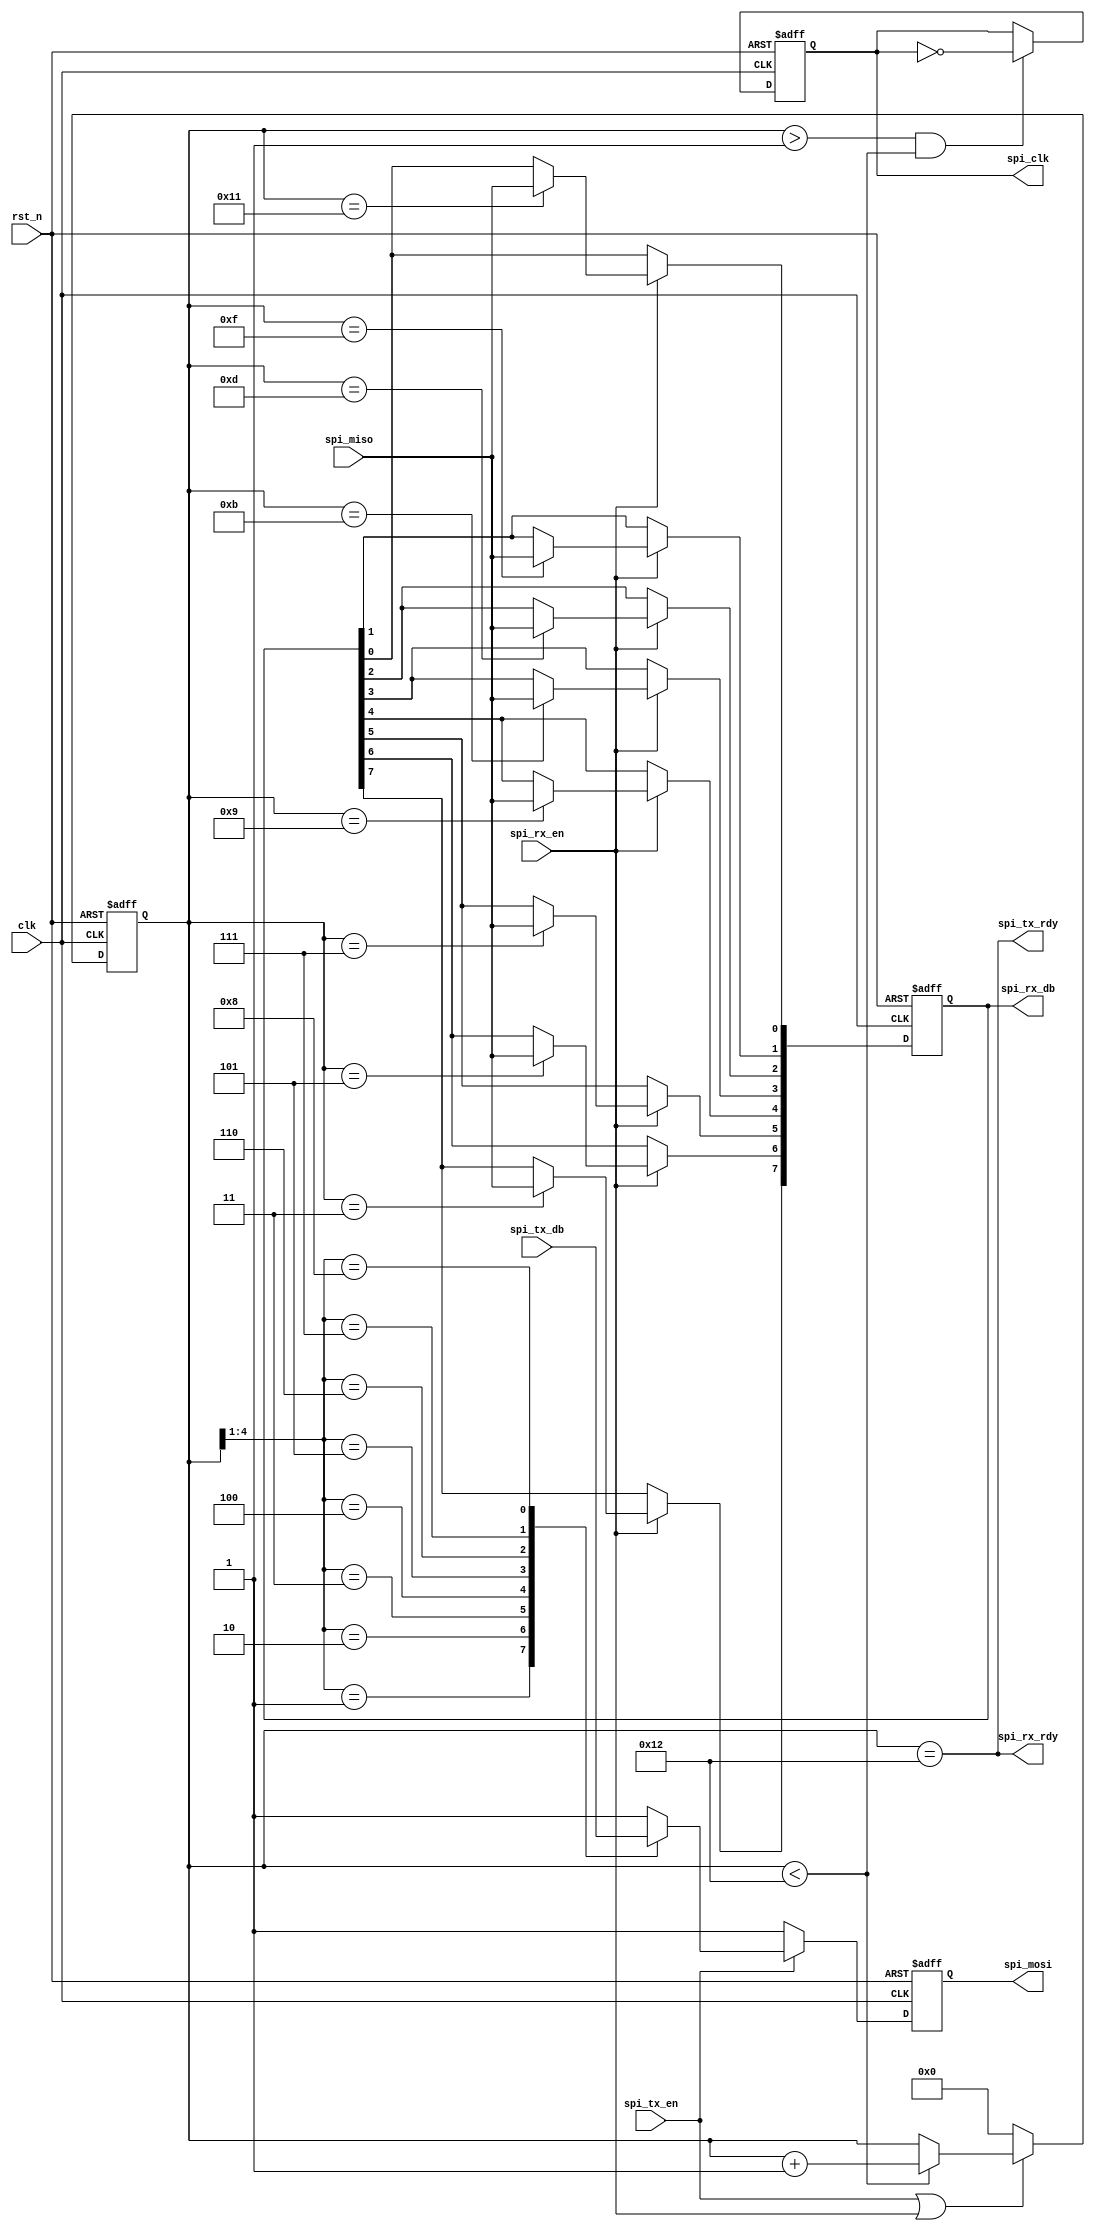
`timescale 1ns / 1ps
////////////////////////////////////////////////////////////////////////////////
// Company		: 
// Design Name	: 
// Module Name	: spi_ctrl
// Project Name	: sdrsvgaprj
// Target Device: Cyclone EP1C3T144C8 
// Tool versions: Quartus II 8.1
// Description	: 
//				
// Revision		: V1.0
// Additional Comments	:  
// 
////////////////////////////////////////////////////////////////////////////////
module spi_ctrl(
			clk,rst_n,
			spi_miso,spi_mosi,spi_clk,
			spi_tx_en,spi_tx_rdy,spi_rx_en,spi_rx_rdy,spi_tx_db,spi_rx_db
			);

input clk;		//FPAG25MHz
input rst_n;	//FPGA

input spi_miso;		//SPI
output spi_mosi;	//SPI
output spi_clk;		//SPI

input spi_tx_en;		//SPI
output spi_tx_rdy;		//SPI
input spi_rx_en;		//SPI
output spi_rx_rdy;		//SPI
input[7:0] spi_tx_db;	//SPI
output[7:0] spi_rx_db;	//SPI


//SPICPOL=1, CPHA=1,25Mbit

//-------------------------------------------------
//SPISPI
reg[4:0] cnt8;	//SPI,0-18

always @(posedge clk or negedge rst_n)
	if(!rst_n) cnt8 <= 5'd0;
	else if(spi_tx_en || spi_rx_en) begin
			if(cnt8 < 5'd18)cnt8 <= cnt8+1'b1;	//SPI
			else ;	//18spi
		end
	else cnt8 <= 5'd0;	//SPI

//-------------------------------------------------
//SPI
reg spi_clkr;	//SPI

always @(posedge clk or negedge rst_n)
	if(!rst_n) spi_clkr <= 1'b1;
	else if(cnt8 > 5'd1 && cnt8 < 5'd18) spi_clkr <= ~spi_clkr;	//cnt82-17SPI

assign spi_clk = spi_clkr;

//-------------------------------------------------
//SPI
reg spi_mosir;	//SPI

always @(posedge clk or negedge rst_n)
	if(!rst_n) spi_mosir <= 1'b1;
	else if(spi_tx_en) begin
			case(cnt8[4:1])		//8bit
				4'd1: spi_mosir <= spi_tx_db[7];	//bit7
				4'd2: spi_mosir <= spi_tx_db[6];	//bit6
				4'd3: spi_mosir <= spi_tx_db[5];	//bit5
				4'd4: spi_mosir <= spi_tx_db[4];	//bit4
				4'd5: spi_mosir <= spi_tx_db[3];	//bit3
				4'd6: spi_mosir <= spi_tx_db[2];	//bit2
				4'd7: spi_mosir <= spi_tx_db[1];	//bit1
				4'd8: spi_mosir <= spi_tx_db[0];	//bit0
				default: spi_mosir <= 1'b1;	//spi_mosi
				endcase
		end
	else spi_mosir <= 1'b1;	//spi_mosi

assign spi_mosi = spi_mosir;

//-------------------------------------------------
//SPI
reg[7:0] spi_rx_dbr;	//SPI

always @(posedge clk or negedge rst_n)
	if(!rst_n) spi_rx_dbr <= 8'hff;
	else if(spi_rx_en) begin
			case(cnt8)		//8bit
				5'd3: spi_rx_dbr[7] <= spi_miso;	//bit7
				5'd5: spi_rx_dbr[6] <= spi_miso;	//bit6
				5'd7: spi_rx_dbr[5] <= spi_miso;	//bit5
				5'd9: spi_rx_dbr[4] <= spi_miso;	//bit4
				5'd11: spi_rx_dbr[3] <= spi_miso;	//bit3
				5'd13: spi_rx_dbr[2] <= spi_miso;	//bit2
				5'd15: spi_rx_dbr[1] <= spi_miso;	//bit1
				5'd17: spi_rx_dbr[0] <= spi_miso;	//bit0
				default: ;
				endcase
		end

assign spi_rx_db = spi_rx_dbr;

//-------------------------------------------------
//SPI
assign spi_tx_rdy = (cnt8 == 5'd18)/* & spi_tx_en)*/;

//-------------------------------------------------
//SPI
assign spi_rx_rdy = (cnt8 == 5'd18)/* & spi_rx_en)*/;


endmodule